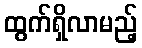
ထွက်ရှိလာမည့်